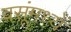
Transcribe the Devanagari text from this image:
वसूंमध्यें